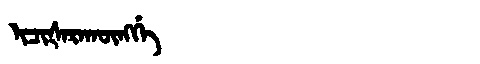
Manchu: ᡳᠴᡳᡧᠠᡵᠠᡴᡡᠩᡤᡝ
Romanization: ICIŠARAKŪNGGE